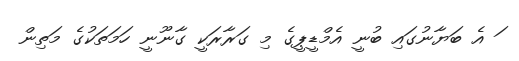
ަ އެ ބަޔާނުގައި ބުނީ އެމްޑީޕީގެ މި ގަރާރަކީ ގާނޫނީ ހަމަތަކުގެ މަތިން